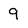
Character: 9